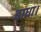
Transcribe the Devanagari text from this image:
बाधा।